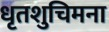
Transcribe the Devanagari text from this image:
धृतशुचिमना